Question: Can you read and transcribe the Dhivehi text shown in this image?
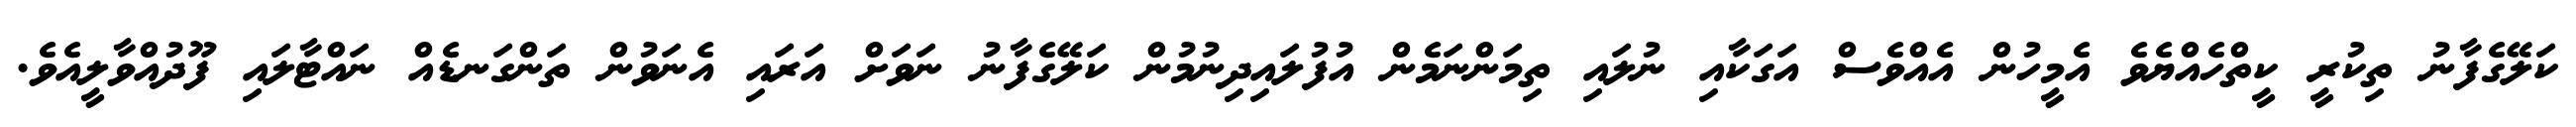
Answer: ކަލޭގެފާނު ތިކުރީ ކީތްހެއްޔެވެ އެމީހުން އެއްވެސް އަގަކާއި ނުލައި ތިމަންނަމެން އުފުލައިދިނުމުން ކަލޭގެފާނު ނަވަށް އަރައި އެނަވުން ތަންގަނޑެއް ނައްޓާލައި ފޫދުއްވާލީއެވެ.